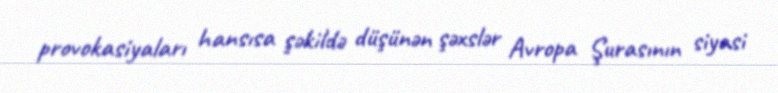
provokasiyaları hansısa şəkildə düşünən şəxslər Avropa Şurasının siyasi